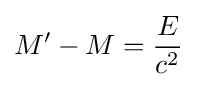
M'-M={\frac {E}{c^{2}}}